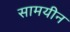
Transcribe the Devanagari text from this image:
सामयीन